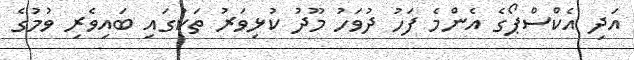
އަދި އެކްސްޕޯގެ އެންމެ ފަހު ދުވަހު މޫދު ކުޅިވަރު ތަކުގައި ބައިވެރި ވުމުގެ